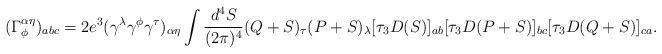
\begin{align*}(\Gamma^{\alpha\eta}_{\phi})_{abc} = 2e^3(\gamma^\lambda \gamma^\phi \gamma^\tau)_{\alpha\eta} \int \frac{d^4 S}{(2\pi)^4} (Q+S)_{\tau} (P+S)_\lambda [\tau_3 D(S)]_{ab} [\tau_3 D(P+S) ]_{bc}[\tau_3 D(Q+S)]_{ca}.\end{align*}